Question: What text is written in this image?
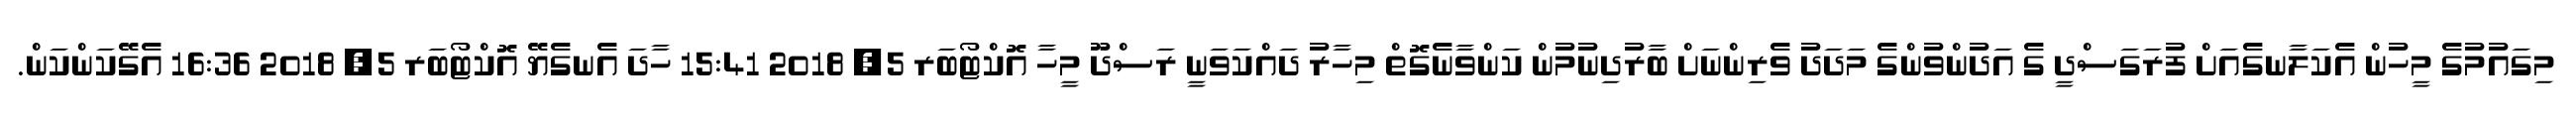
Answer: މިގައުމުގެ މީހުން އެކަލާނގެއަށް ފުރަގަސްދީ ގެ އަދުންވުންގެ މަދަދު ވެރިންނަށް ބާރުދިނުމުން ކަންވާނެގޮތް މިހާރު ދައްކަވަނީ ރަސްދޫ މީހާ އޮކްޓޯބަރ 5, 2018 15:41 ހާދަ އެނގެޔޭ އޮކްޓޯބަރ 5, 2018 16:36 އެގޭކަންކަން.